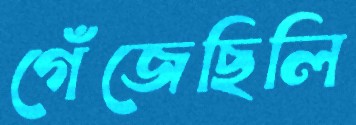
গেঁজেছিলি